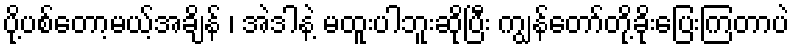
ပို့ပစ်တော့မယ့်အချိန် ၊ အဲဒါနဲ့ မထူးပါဘူးဆိုပြီး ကျွန်တော်တို့ခိုးပြေးကြတာပဲ